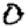
Digit: 0